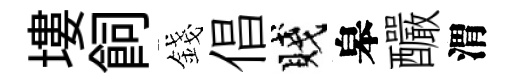
塿飼錢倡賤皋釅渭